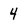
Character: 4